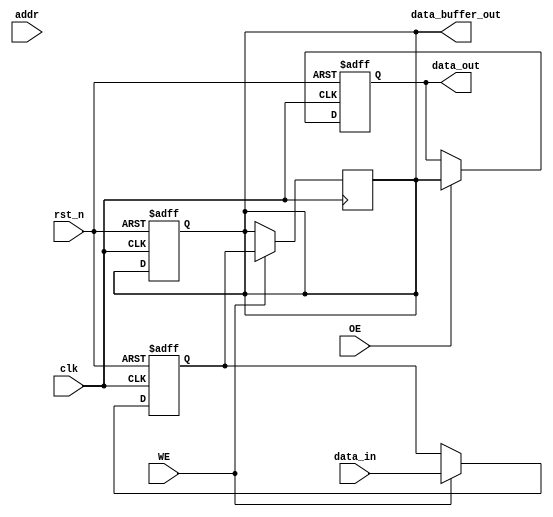
module DRAM_IO_Block #(
    parameter DATA_WIDTH = 16, // Data width (e.g., 8, 16, 32 bits)
    parameter ADDR_WIDTH = 10   // Address width (e.g., 10 bits for 1KB)
)(
    input wire clk,              // System clock
    input wire rst_n,            // Active low reset
    input wire WE,               // Write Enable
    input wire OE,               // Output Enable
    input wire [ADDR_WIDTH-1:0] addr, // Address input
    input wire [DATA_WIDTH-1:0] data_in, // Data input
    output reg [DATA_WIDTH-1:0] data_out, // Data output
    output reg [DATA_WIDTH-1:0] data_buffer_out // Output buffer
);

    // Internal signals
    reg [DATA_WIDTH-1:0] data_buffer_in; // Input buffer
    reg [ADDR_WIDTH-1:0] addr_latch;      // Address latch
    reg refresh;                           // Refresh control signal

    // Control Logic
    always @(posedge clk or negedge rst_n) begin
        if (!rst_n) begin
            addr_latch <= 0;
            data_buffer_in <= 0;
            data_out <= 0;
            data_buffer_out <= 0;
            refresh <= 0;
        end else begin
            // Latch address on read/write command
            addr_latch <= addr;

            // Write Operation
            if (WE) begin
                data_buffer_in <= data_in; // Capture data into input buffer
                // Simulate writing to memory (not implemented in this snippet)
            end

            // Read Operation
            if (OE) begin
                // Simulate reading from memory (not implemented in this snippet)
                // Assuming data is read into data_buffer_out
                data_out <= data_buffer_out; // Drive data onto the external bus
            end
        end
    end

    // Refresh Logic (simplified)
    always @(posedge clk) begin
        if (refresh) begin
            // Implement refresh logic (not detailed in this snippet)
        end
    end

    // Data Buffer Management
    always @(posedge clk) begin
        if (WE) begin
            // On write, update output buffer with the input data
            data_buffer_out <= data_buffer_in;
        end
    end

endmodule